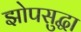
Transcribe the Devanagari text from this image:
झोपसुद्धा